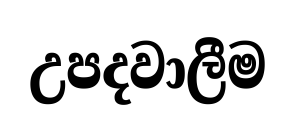
උපදවාලීම